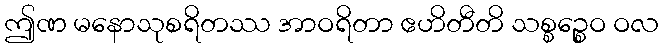
ဤဏ မနောသုစရိတဿ အာဝရိတာ ဧဟိတီတိ သစ္စဉ္စေဝ ဝလ